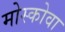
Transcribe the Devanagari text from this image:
मोस्कोवा